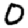
Digit: 0